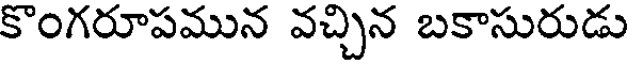
కొంగరూపమున వచ్చిన బకాసురుడు